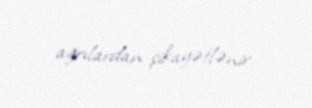
ağrılardan şikayətlənir.